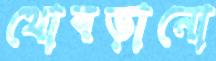
থোবড়ানো